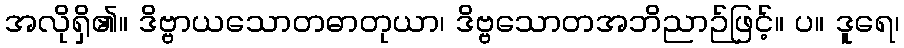
အလိုရှိ၏။ ဒိဗ္ဗာယသောတဓာတုယာ၊ ဒိဗ္ဗသောတအဘိညာဉ်ဖြင့်။ ပ။ ဒူရေ၊